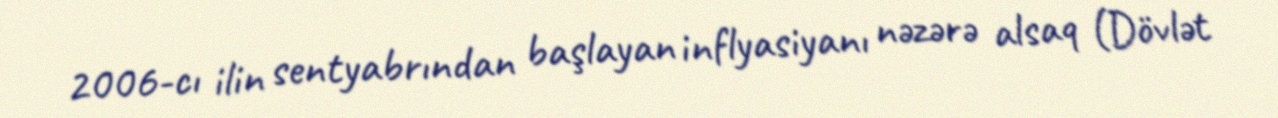
2006-cı ilin sentyabrından başlayan inflyasiyanı nəzərə alsaq (Dövlət